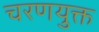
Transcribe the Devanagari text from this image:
चरणयुक्त